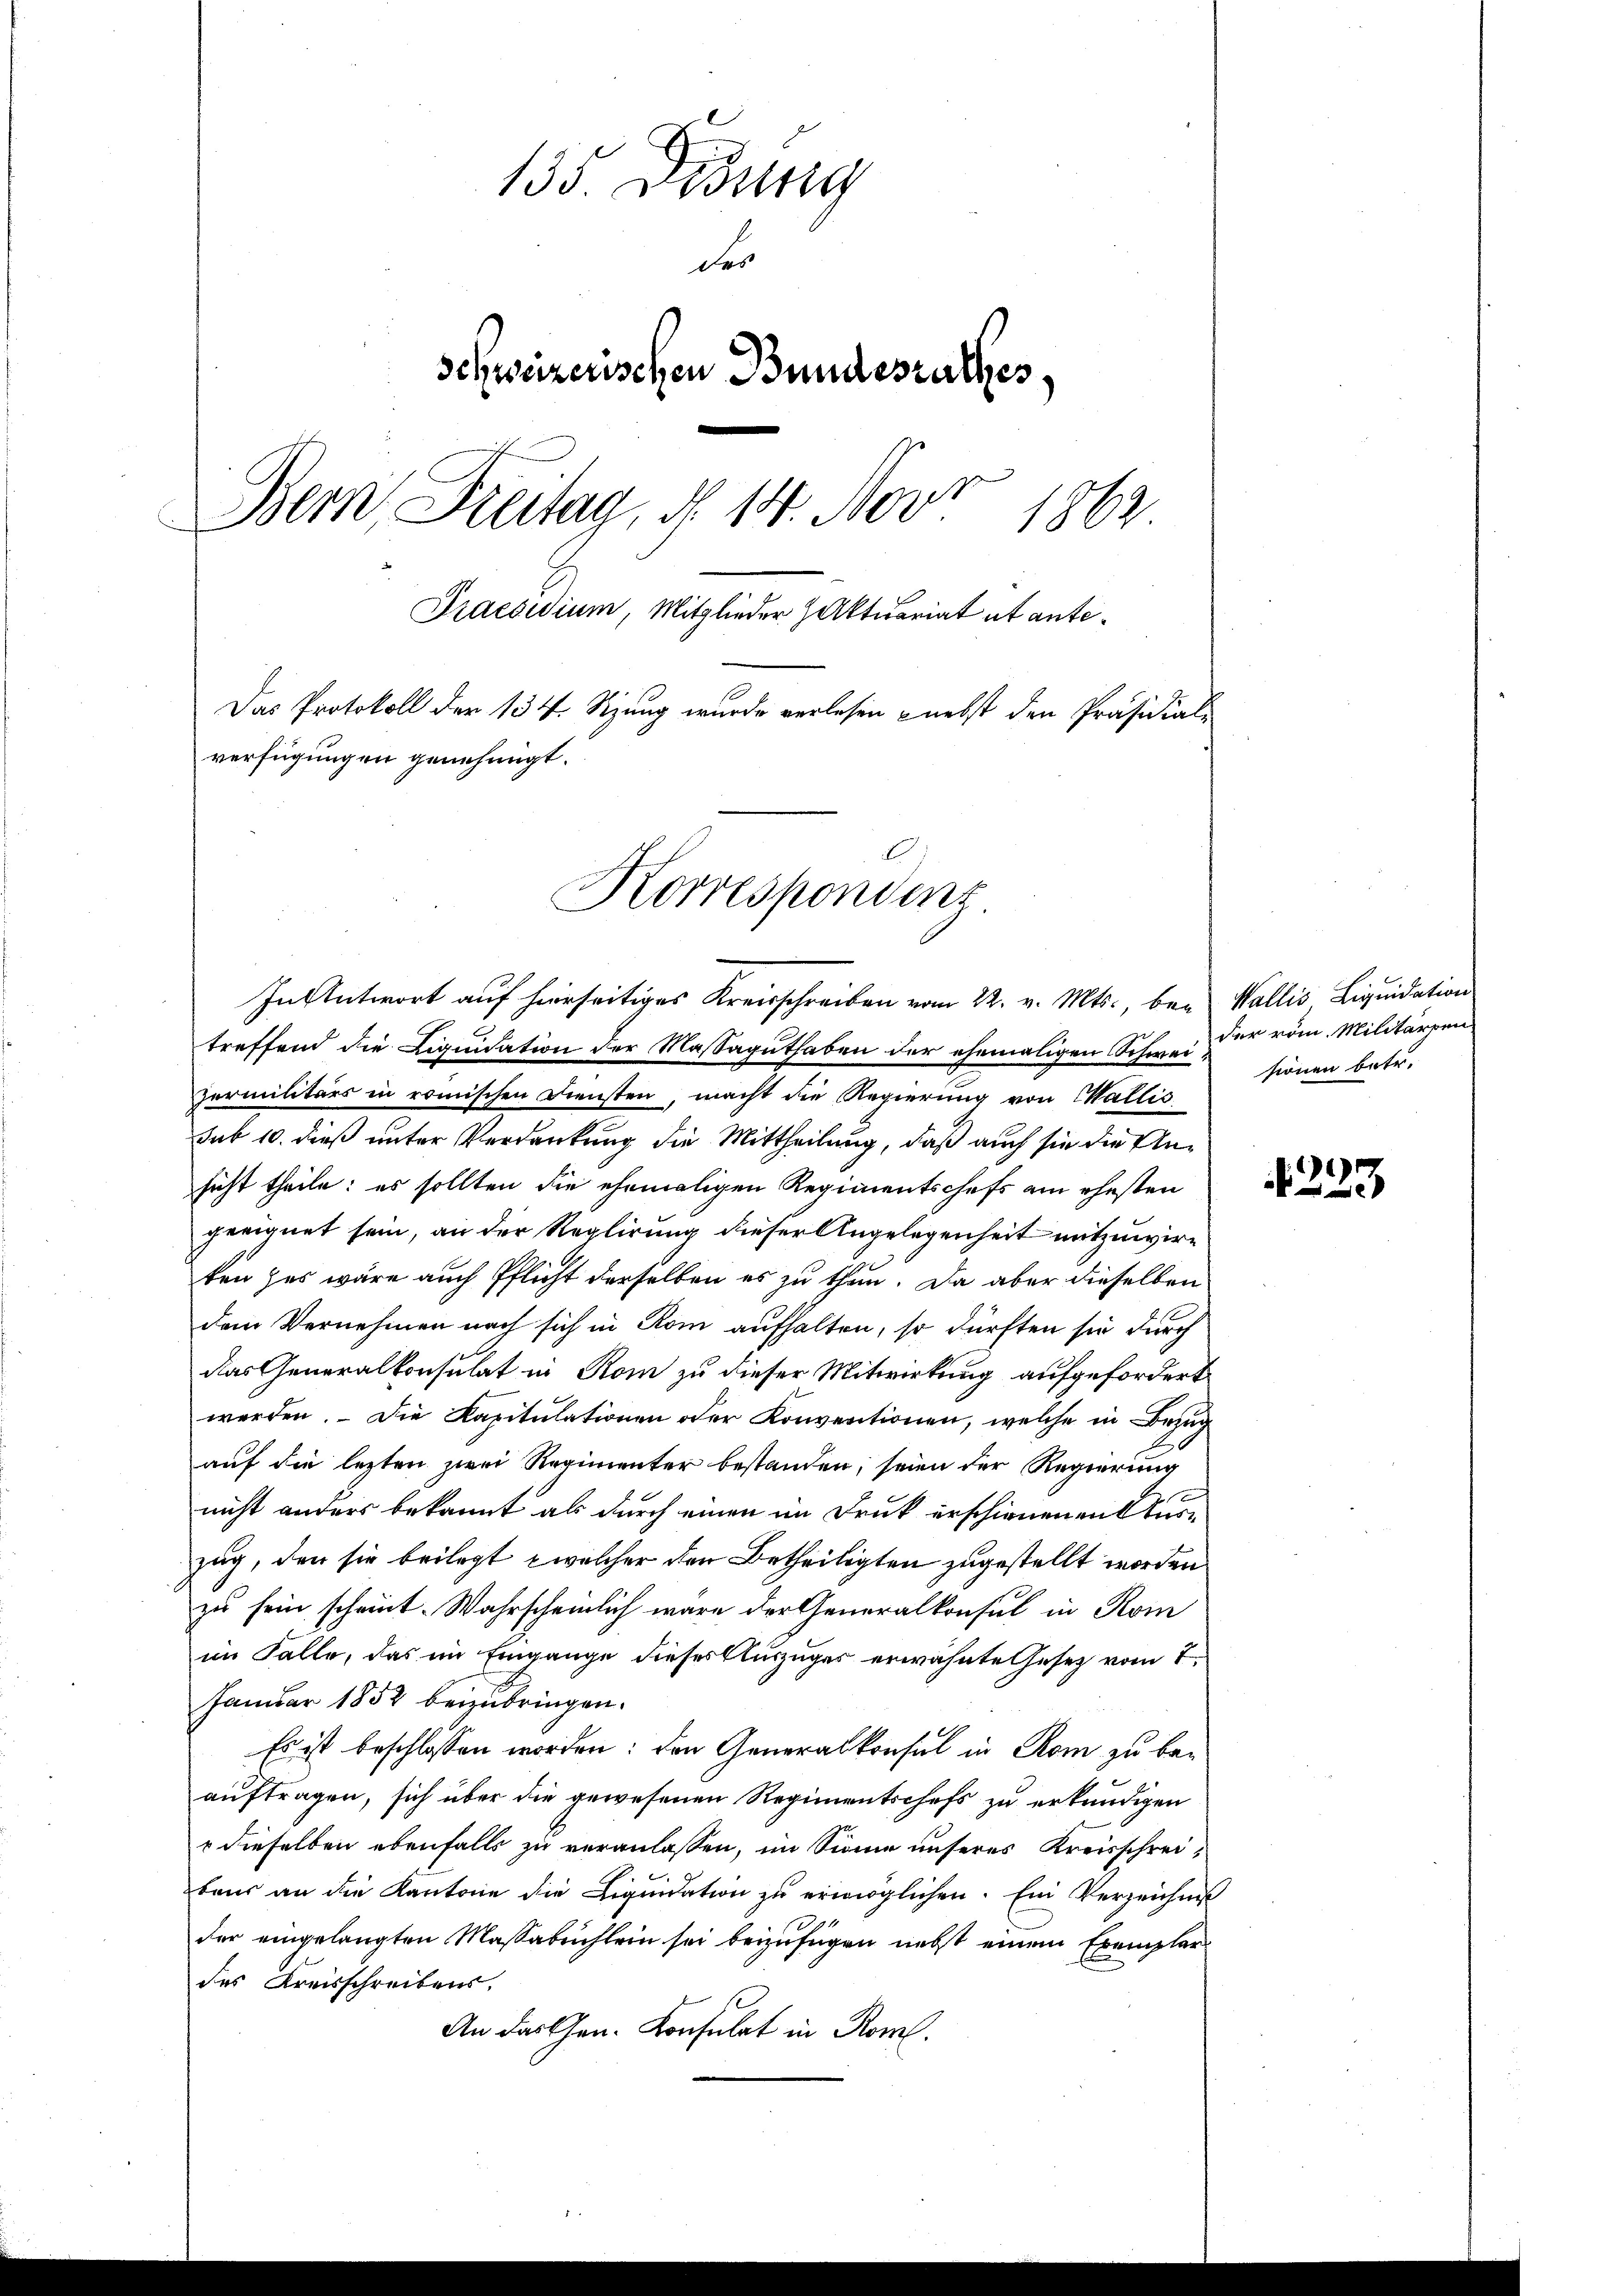
135 Didung
des
schweizerischen Bundesrathes,
Bern Freitag, d. 14. Nov. 1862
Praesidium, Mitglieder Aktuariat et ante¬
Das Protokoll der 134. Sitzung wurde verlesen nebst den Präsidial-
verfügungen genehmigt.
Korrespondenz

In Antwort auf hierseitiges Kreisschreiben vom 22. v. Mts., bei Wallis, Liquidation
treffend die Liquidation der Massaguthaben der ehemaligen Schweissionen betr.
permilitärs in römischen Diensten, macht die Regierung von Wallis
sub 10. dieß unter Verdankung die Mittheilung, daß auch sie die Ansicht theile: es sollten die ehemaligen Regimentschefs am ehesten
geeignet sein, an der Reglirung dieser Angelegenheit mitzuwirten das wäre auch Pflicht derselben es zu thun. Da aber dieselben
dem Vernehmen nach sich in Rom aufhalten, so dürften sie durch
das Generalkonsulat in Rom zu dieser Mitwirkung aufgefordert
werden. Die Kapitulationen oder Konventionen, welche in Bezug
auf die lezten zwei Regimenter bestanden, seien der Regierung
nicht anders bekannt als durch einen im Druk erschienenen Turzug, den sie beilegt welcher den Betheiligten zugestellt worden
zu sein scheint. Wahrscheinlich wäre der Generalkonsul in Kom
im Falle, das im Eingange dieses Auszuges erwähnte Gesetz vom 7.
Januar 1852 beizubringen.
Es ist beschlossen worden: den Generalkonsul in Rom zu beauftragen, sich über die gewesenen Regimentschefs zu erkundigen
 dieselben ebenfalls zu veranlassen, im Sinne unseres Kreisschreibaur an die Kantone die Liquidation zu ermöglichen. Ein Verzeichnis
der eingelangten Massabuchlein sei beizufügen nebst einem Exemplar
des Kreisschreibens.
An das Gen. Konsulat in Rom.

der röm. Militärpen

1